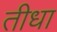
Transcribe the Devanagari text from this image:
तीधा